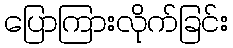
ပြောကြားလိုက်ခြင်း